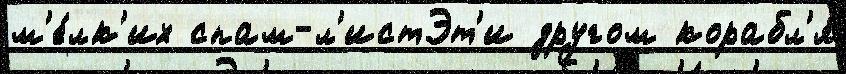
м'е́лк'их спам-л'истЭт'и другом корабл'я́